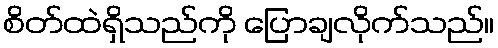
စိတ်ထဲရှိသည်ကို ပြောချလိုက်သည်။